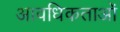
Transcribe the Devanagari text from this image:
आवधिकताओं